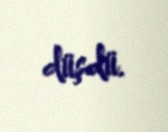
düşdü.